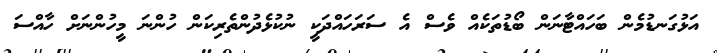
އަޅުގަނޑުމެން ބަހައްޓާނަން ބޯޑުތަކެއް ވެސް އެ ސަރަހައްދަކީ ނުކުޅެދުންތެރިކަން ހުންނަ މީހުންނަށް ހާއްސަ